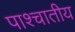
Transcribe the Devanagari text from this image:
पाश्चातीय